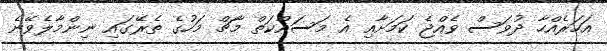
އަހަރެއްހާ ދުވަސް ވެއްޖެ ކަމަށާއި އެ މަސައްކަތް މާޗް މަހުގެ ތެރޭގައި ނިންމާލެވޭނެ